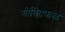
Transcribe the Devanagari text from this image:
गोविंदफळ